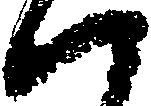
ハ